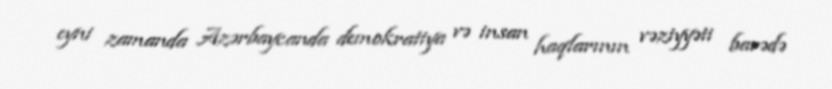
eyni zamanda Azərbaycanda demokratiya və insan haqlarının vəziyyəti barədə